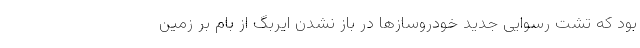
بود که تشت رسوایی جدید خودروسازها در باز نشدن ایربگ از بام بر زمین